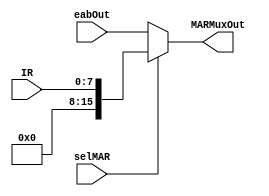
module MARMux(
	input[7:0] IR,
	input selMAR,
	input[15:0] eabOut,
	output[15:0] MARMuxOut
    );

	wire[15:0] zext;
	
	assign zext = {{8{0}},IR[7:0]};
	
	assign MARMuxOut = (selMAR == 1'b1) ? zext : eabOut ;
	
endmodule